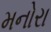
મનોરા